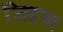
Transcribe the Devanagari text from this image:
जिहवा